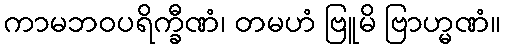
ကာမဘဝပရိက္ခီဏံ၊ တမဟံ ဗြူမိ ဗြာဟ္မဏံ။